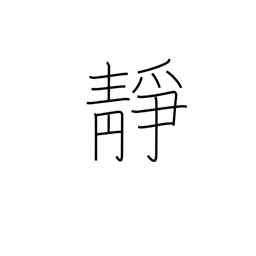
Meaning: quiet